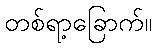
တစ်ရာ့ခြောက်။